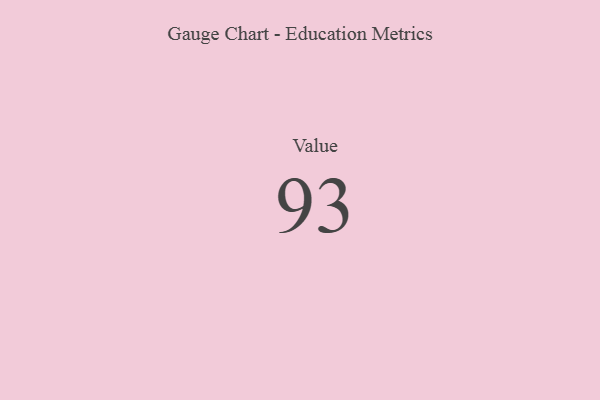
{"axis": {"x": "Metric", "y": "Value"}, "legend": [""], "data": [{"x": "Value", "y": 93, "type": ""}]}